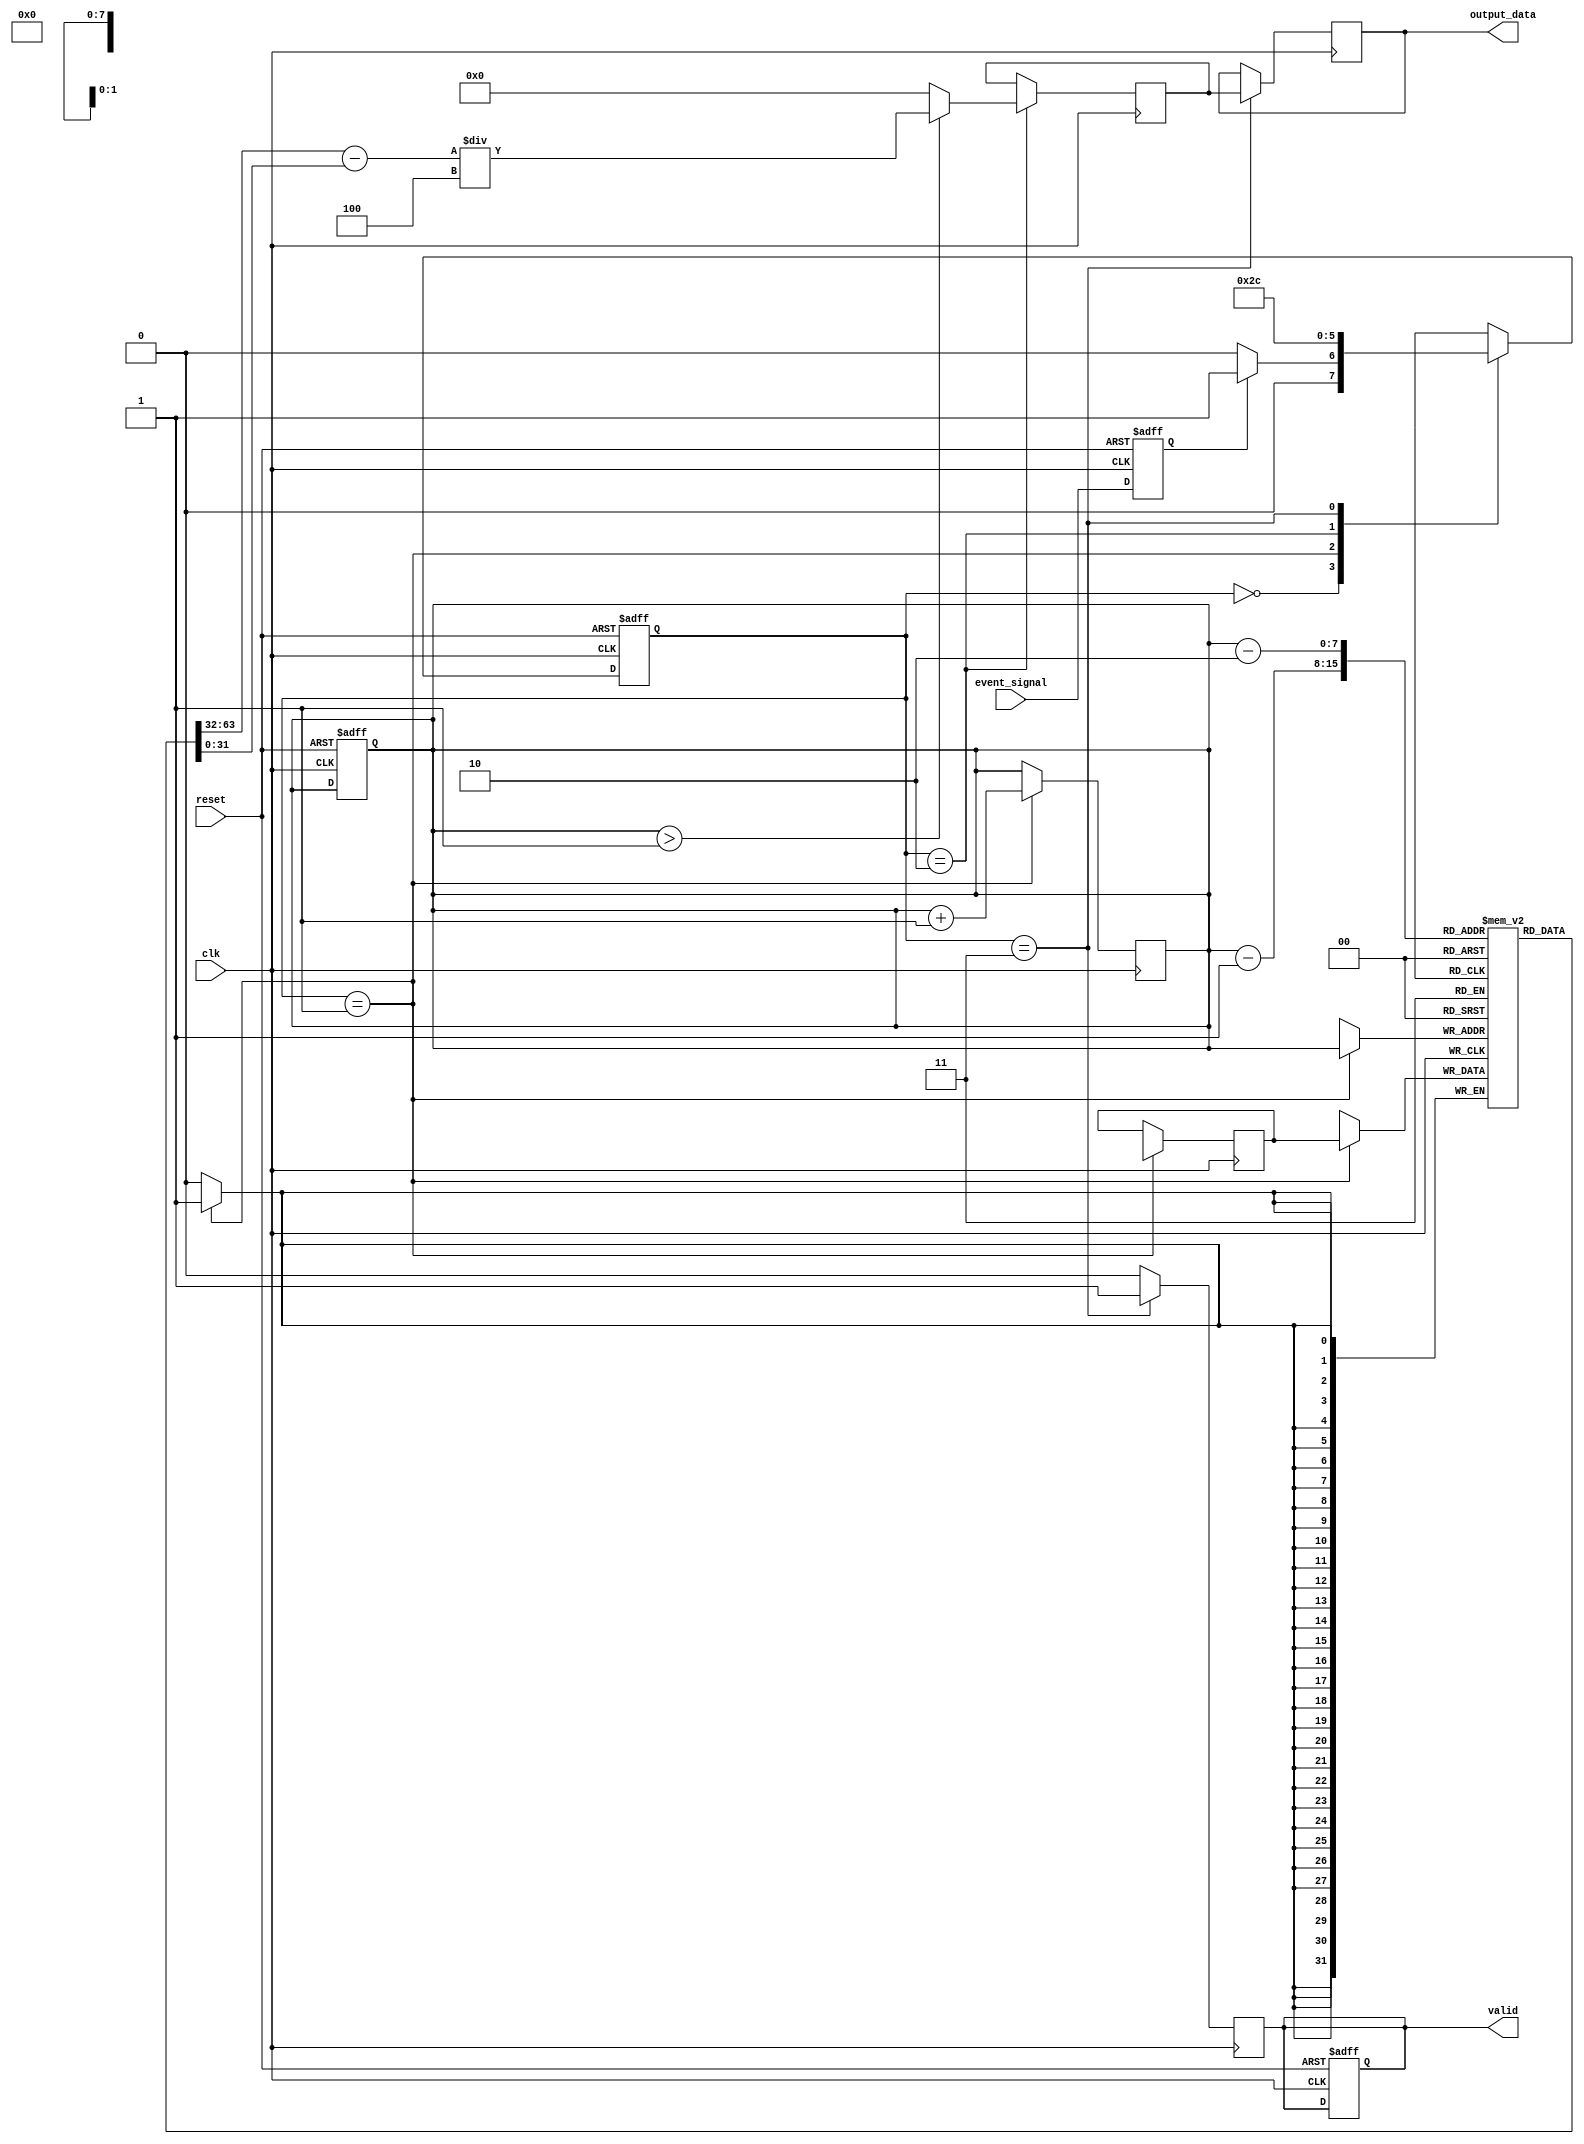
module TDC (
    input wire clk,                // High-frequency clock
    input wire reset,              // Reset signal
    input wire event_signal,       // Input signal representing timing events
    output reg [31:0] output_data, // Output data for time intervals
    output reg valid               // Output valid signal
);

    // Parameters
    parameter MEMORY_DEPTH = 256;  // Depth of the memory block
    parameter TIMESTAMP_WIDTH = 32; // Width of the timestamp
    parameter INTERPOLATION_FACTOR = 4; // Factor for interpolation

    // Memory block for storing timestamps
    reg [TIMESTAMP_WIDTH-1:0] memory [0:MEMORY_DEPTH-1];
    reg [7:0] write_address;        // Write address for memory
    reg [7:0] read_address;         // Read address for memory
    reg [TIMESTAMP_WIDTH-1:0] last_timestamp; // Last captured timestamp
    reg [31:0] time_interval;       // Calculated time interval
    reg [1:0] state;                // FSM state
    reg [1:0] next_state;           // Next state for FSM

    // State definitions
    localparam IDLE = 2'b00;
    localparam CAPTURING = 2'b01;
    localparam PROCESSING = 2'b10;
    localparam OUTPUT = 2'b11;

    // Edge detection logic
    reg event_detected;
    always @(posedge clk or posedge reset) begin
        if (reset) begin
            event_detected <= 1'b0;
        end else begin
            event_detected <= event_signal;
        end
    end

    // FSM for TDC operation
    always @(posedge clk or posedge reset) begin
        if (reset) begin
            state <= IDLE;
            write_address <= 8'b0;
            valid <= 1'b0;
        end else begin
            state <= next_state;
        end
    end

    // State transitions
    always @(*) begin
        case (state)
            IDLE: begin
                if (event_detected) begin
                    next_state = CAPTURING;
                end else begin
                    next_state = IDLE;
                end
            end
            CAPTURING: begin
                next_state = PROCESSING;
            end
            PROCESSING: begin
                next_state = OUTPUT;
            end
            OUTPUT: begin
                next_state = IDLE;
            end
            default: next_state = IDLE;
        endcase
    end

    // Capture timestamps and store in memory
    always @(posedge clk) begin
        if (state == CAPTURING) begin
            last_timestamp <= $time; // Capture current time
            memory[write_address] <= last_timestamp; // Store timestamp
            write_address <= write_address + 1;
        end
    end

    // Calculate time intervals and perform interpolation
    always @(posedge clk) begin
        if (state == PROCESSING) begin
            if (write_address > 1) begin
                time_interval <= (memory[write_address-1] - memory[write_address-2]) / INTERPOLATION_FACTOR;
            end else begin
                time_interval <= 0;
            end
        end
    end

    // Output formatted data
    always @(posedge clk) begin
        if (state == OUTPUT) begin
            output_data <= time_interval; // Output the calculated time interval
            valid <= 1'b1; // Indicate valid output
        end else begin
            valid <= 1'b0; // Clear valid signal
        end
    end

endmodule